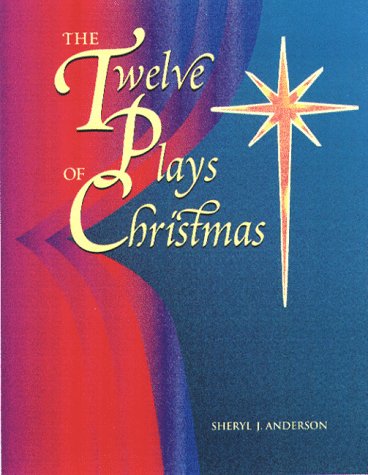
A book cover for The Twelve Plays of Christmas: Original Christian Dramas; Sheryl J. Anderson; Literature & Fiction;